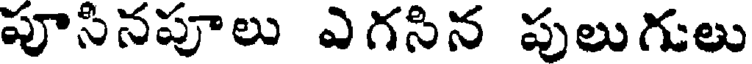
పూసినపూలు ఎగసిన పులుగులు